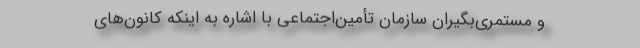
و مستمری‌بگیران سازمان تأمین‌اجتماعی با اشاره به اینکه کانون‌های